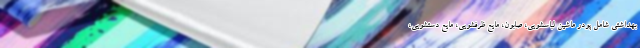
بهداشتی شامل پودر ماشین لباسشویی، صابون، مایع ظرفشویی، مایع دستشویی،